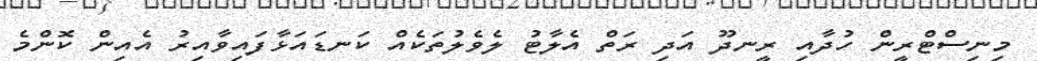
މިނިސްޓްރީން ހުދާއި ރީނދޫ އަދި ރަތް އެލާޓު ލެވެލުތަކެއް ކަނޑައަޅާފައިވާއިރު އެއިން ކޮންމެ